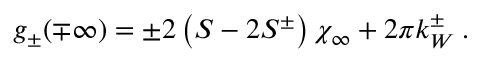
g _ { \pm } ( \mp \infty ) = \pm 2 \left( S - 2 S ^ { \pm } \right) \chi _ { \infty } + 2 \pi k _ { W } ^ { \pm } \: .